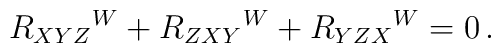
R_{XYZ}{}^W+R_{ZXY}{}^W+R_{YZX}{}^W=0\,.